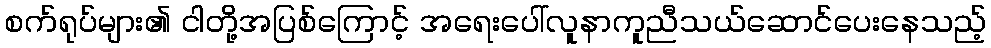
စက်ရုပ်များ၏ ငါတို့အပြစ်ကြောင့် အရေးပေါ်လူနာကူညီသယ်ဆောင်ပေးနေသည့်